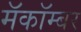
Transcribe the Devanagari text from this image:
मॅकॉम्बर